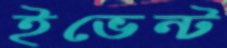
ইভেন্ট